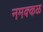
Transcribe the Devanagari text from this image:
नमक्कळ